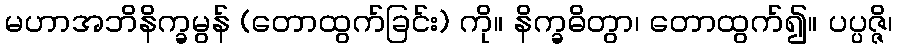
မဟာအဘိနိက္ခမွန် (တောထွက်ခြင်း) ကို။ နိက္ခဓိတွာ၊ တောထွက်၍။ ပပ္ပဇ္ဇိ၊